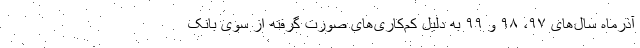
آذرماه سال‌های ۹۷، ۹۸ و ۹۹ به دلیل کم‌کاری‌های صورت گرفته از سوی بانک